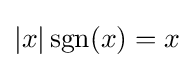
|x|\operatorname {sgn} (x)=x